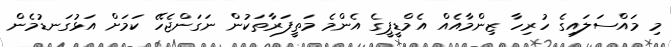
މި މައްސަލައިގެ ހުރިހާ ޒިންމާއެއް އެމްޑީޕީގެ އެންމެ މަތީފަރާތަކުން ނަގަންޖެހޭ ކަމަށް އަޅުގަނޑުމެން